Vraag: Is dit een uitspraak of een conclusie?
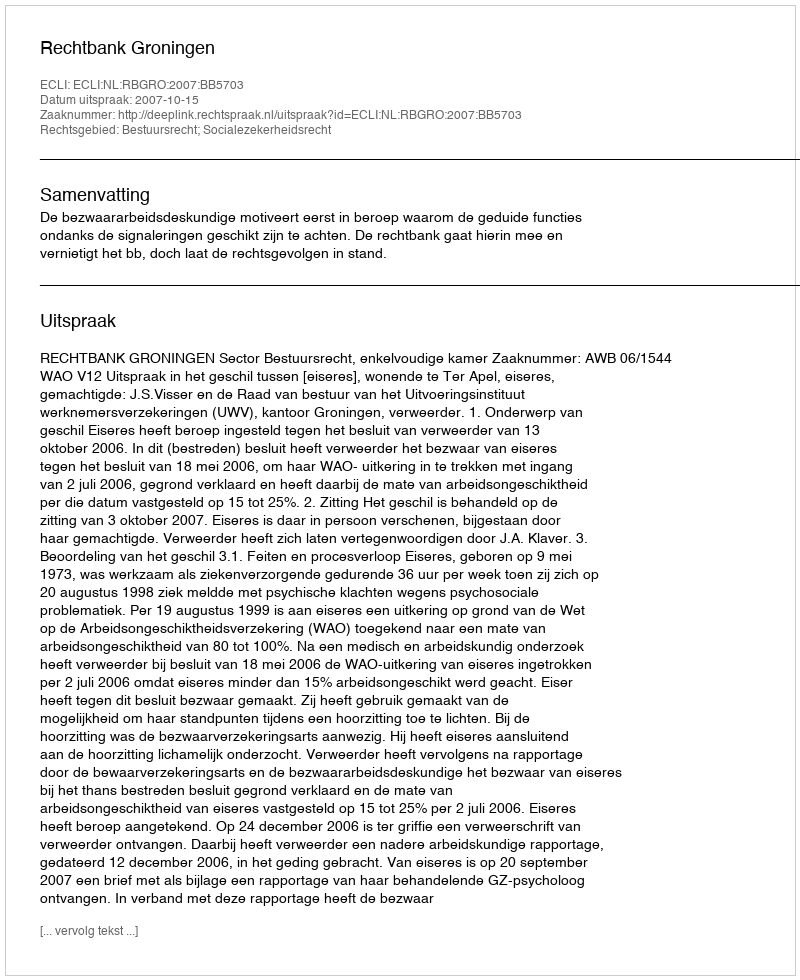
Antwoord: Uitspraak